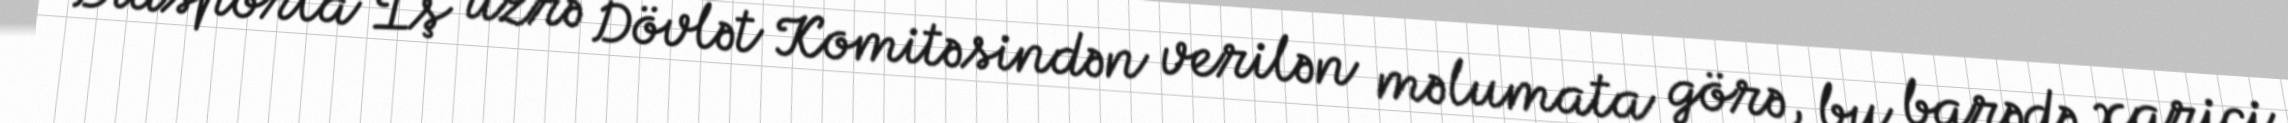
Diasporla İş üzrə Dövlət Komitəsindən verilən məlumata görə, bu barədə xarici